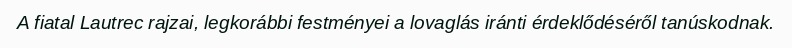
A fiatal Lautrec rajzai, legkorábbi festményei a lovaglás iránti érdeklődéséről tanúskodnak.